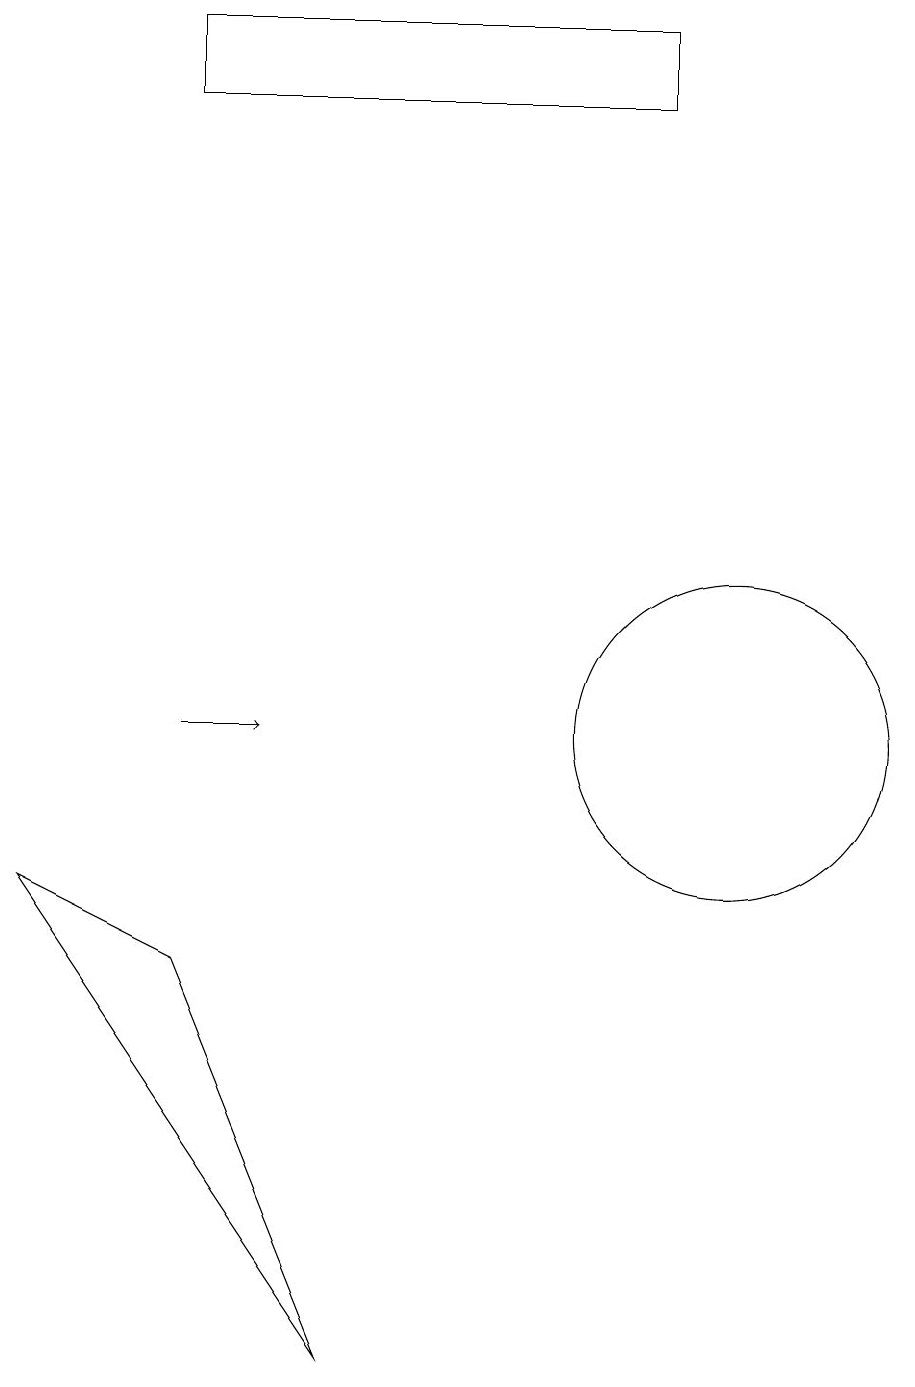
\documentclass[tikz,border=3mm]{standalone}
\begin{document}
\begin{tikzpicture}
\draw (9,19) rectangle (3,18);
\draw[->] (3,10) -- (4,10);
\draw (1,8) -- (3,7) -- (5,2) -- cycle;
\draw (10,10) circle (2);
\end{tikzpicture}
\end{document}